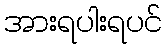
အားရပါးရပင်